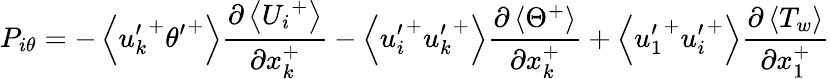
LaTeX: P_{i\theta}=-\left<{u_{k}^{\prime}}^{+}{\theta^{\prime}}^{+}\right>\frac{\partial\left<{U_{i}}^{+}\right>}{\partial x_{k}^{+}}-\left<{u_{i}^{\prime}}^{+}{u_{k}^{\prime}}^{+}\right>\frac{\partial\left<\Theta^{+}\right>}{\partial x_{k}^{+}}+\left<{u_{1}^{\prime}}^{+}{u_{i}^{\prime}}^{+}\right>\frac{\partial\left<T_{w}\right>}{\partial x_{1}^{+}}